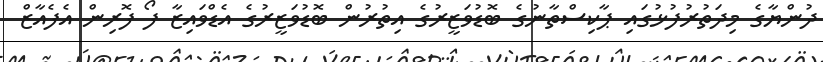
ދުންޔާގެ މިދަތުރުފުޅުގައި ޕާކިސްތާނުގެ ބޮޑުވަޒީރުގެ އިތުރުން ބޮޑުވަޒީރުގެ އެޑްވައިޒާ ފޯ ފޮރިން އެފެއާޒް